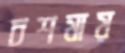
চশমায়